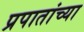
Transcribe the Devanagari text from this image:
प्रपातांच्या